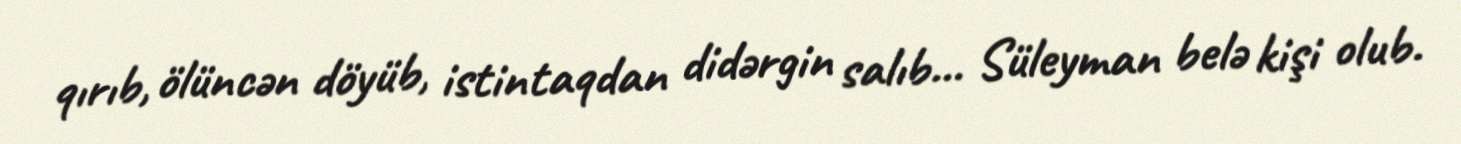
qırıb, ölüncən döyüb, istintaqdan didərgin salıb... Süleyman belə kişi olub.